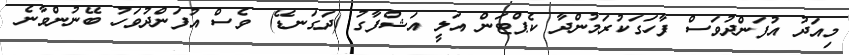
މިއަދު އުފަންދުވަސް ފާހަގަކުރަމުންދާ ކެޕްޓަން އަލީ އަޝްފާގު (ދަގަނޑޭ) ވެސް އުފަންދުވަހު ބޭނުންވާނެ